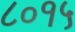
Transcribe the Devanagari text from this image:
८०१५